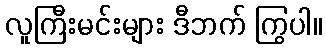
လူကြီးမင်းများ ဒီဘက် ကြွပါ။